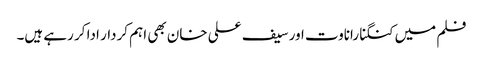
فلم میں کنگنا راناوت اور سیف علی خان بھی اہم کردار ادا کر رہے ہیں۔